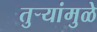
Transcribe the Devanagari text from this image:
तुऱ्यांमुळे